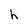
Character: h